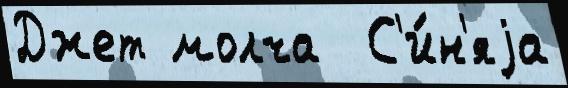
Джет молча  С'и́н'яjа